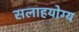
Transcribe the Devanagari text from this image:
सलाहयोग्य